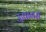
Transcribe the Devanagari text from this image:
ऊषानस